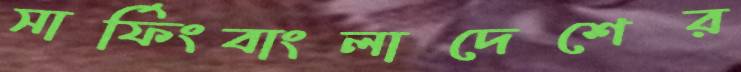
সার্ফিংবাংলাদেশের